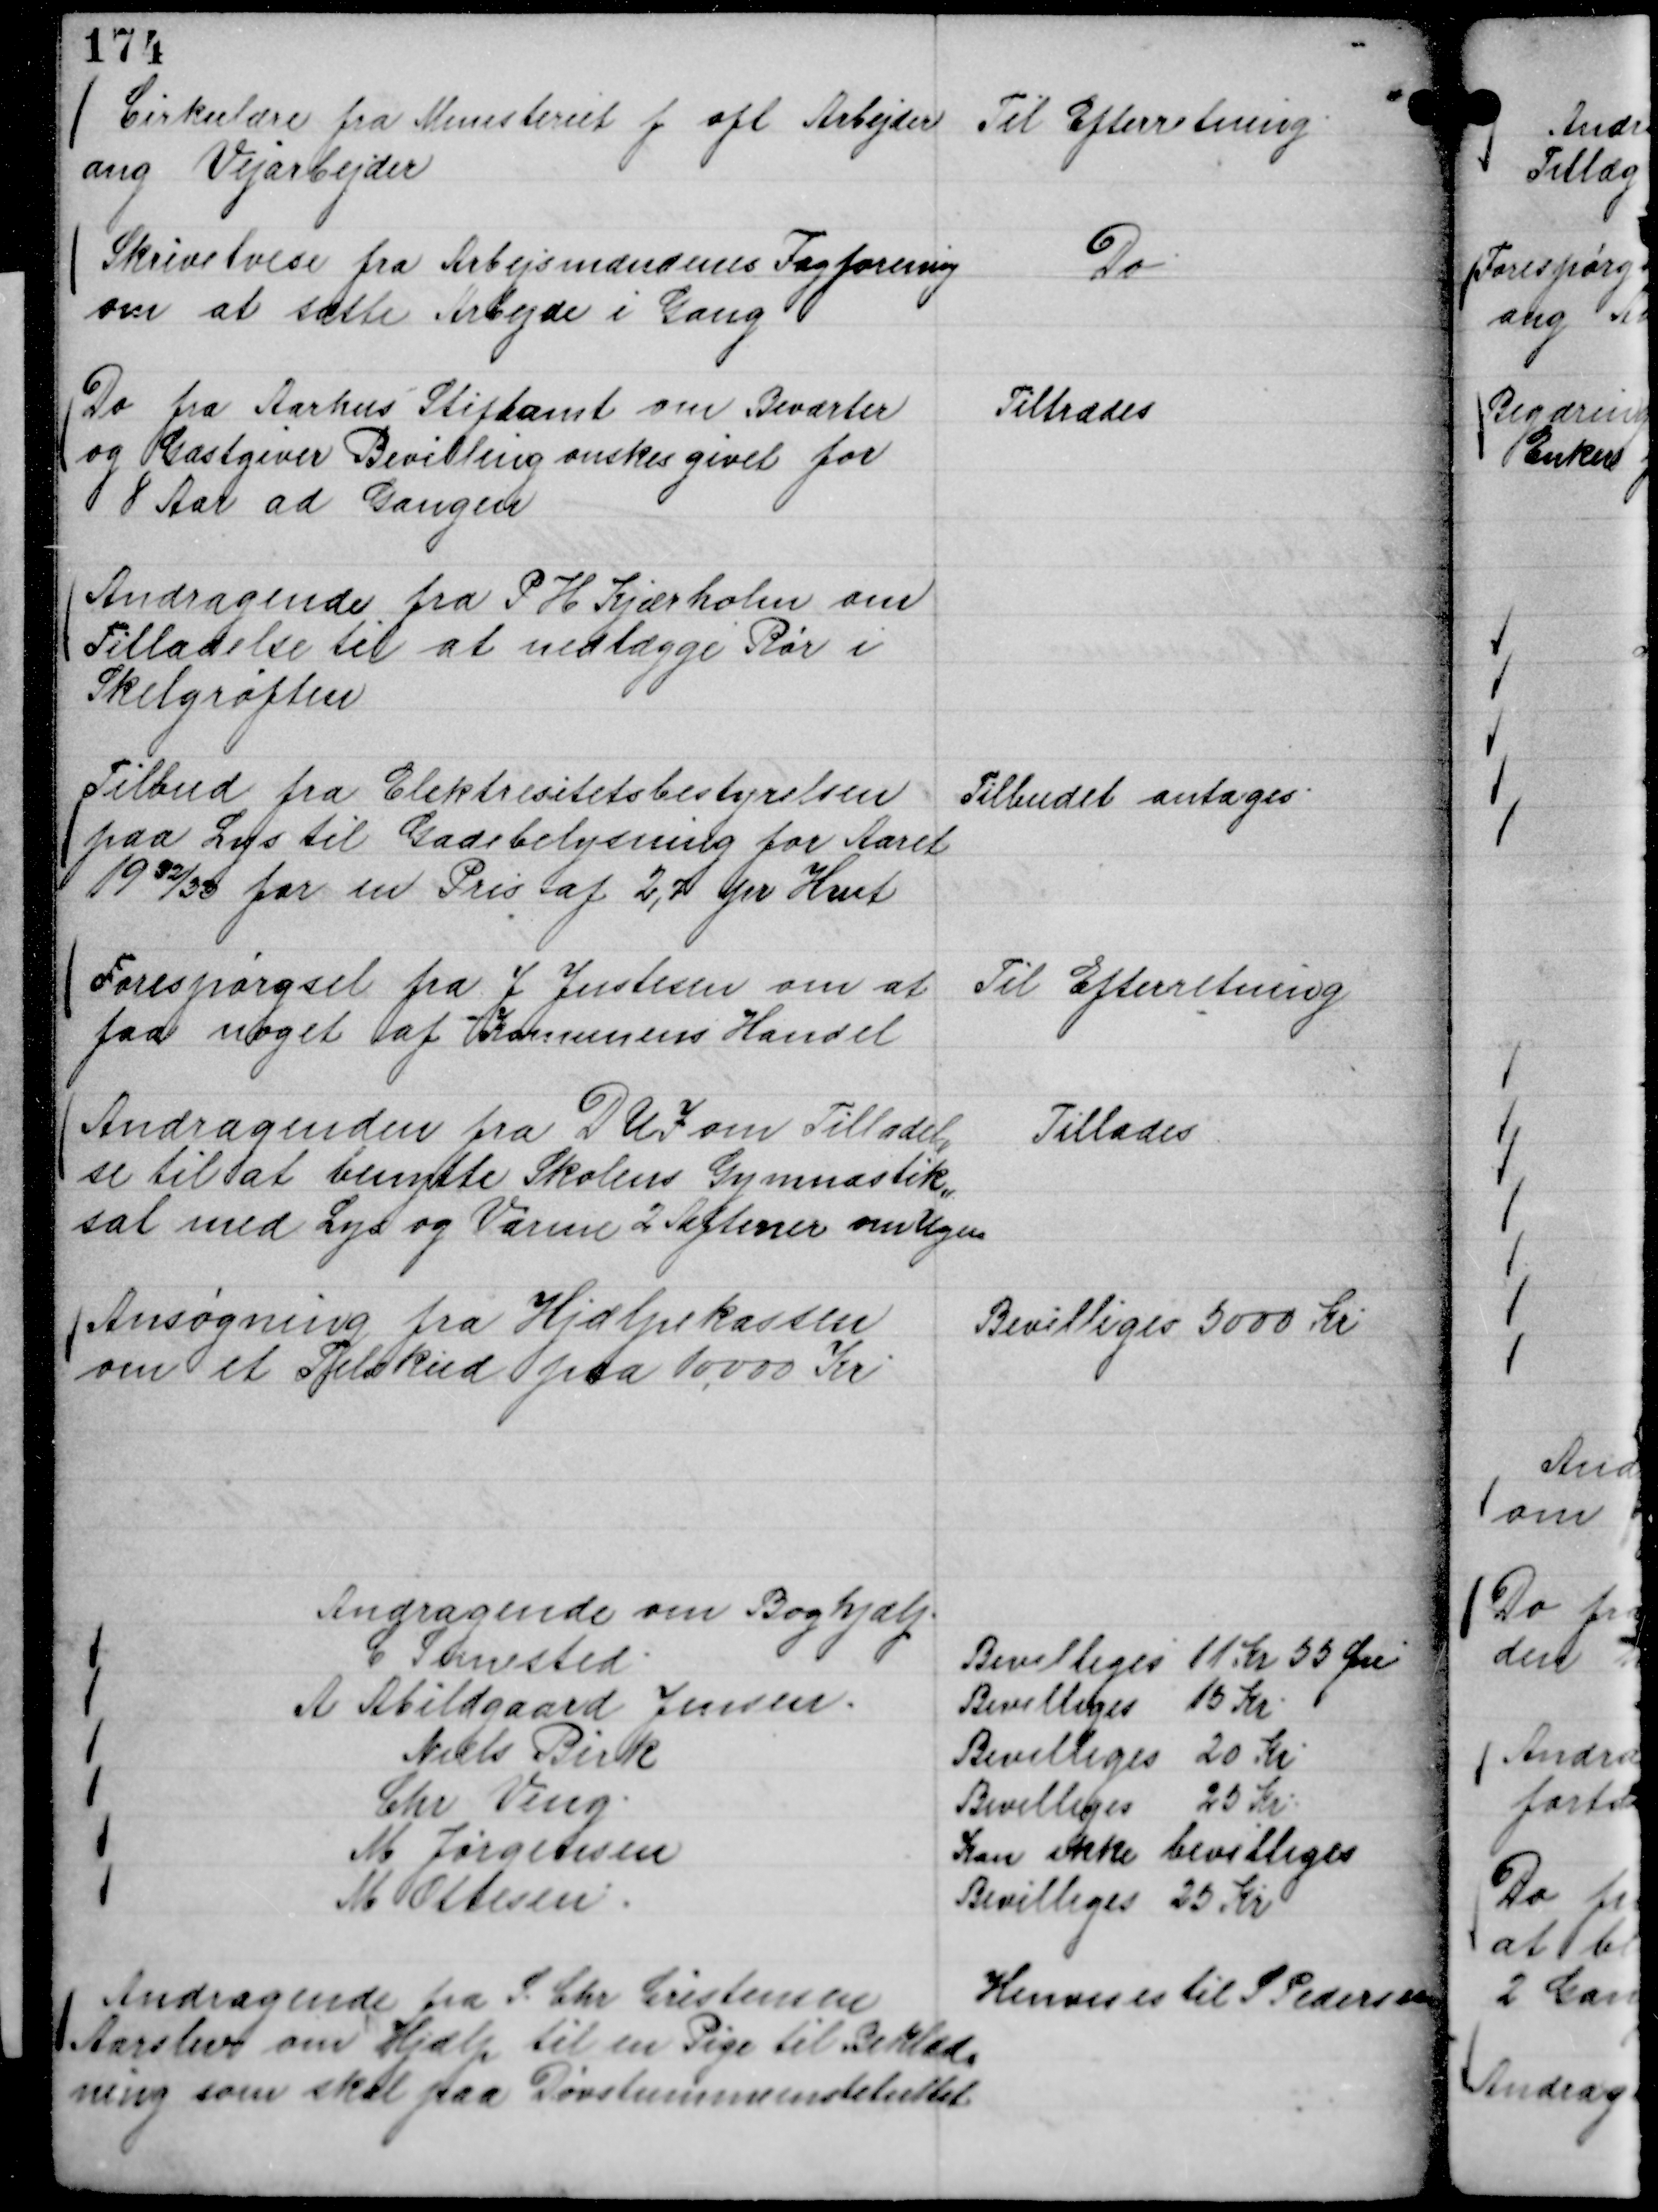
Transskription:
Cirkulære fra Ministeriet f ofl Arbejder
ang Vejarbejder

Til Efterretning.

Skrivelvese fra Arbejsmændenes Fagforening
om at sætte Arbejde i Gang

Do.

Do fra Aarhus Stiftamt om Beværter
og Gæstgiver Bevilling ønskes givet for
8 Aar ad Gangen

Tiltrædes

Andragende fra P H Kjærholm om
Tilladelse til at nedlægge Rør i
Skelgrøften

Tilbudet antages.

Tilbud fra Elektrisitetsbestyrelsen
paa Lys til Gadebelysning for Aaret
19 32/33 for en Pris af 2,7 pr Hwt

Forespørgsel fra J Justesen om at
faa noget af Komunens Handel

Til Efterretning

Andragende fra D U I om Tilladel,,
se til at benytte Skolens Gymnastik,,
sal med Lys og Varme 2 Aftener om Ugen

Tillades

Ansøgning fra Hjælpekassen
om et Tilskud paa 10.000 Kr

Bevilliges 5000 Kr

Andragende om Boghjælp.
C Simested
Bevilliges 11 Kr 55 Øre
A Abildgaard Jensen.
Bevilliges 15 Kr.
Niels Birk
Bevilliges 20 Kr
Chr Veng.
Bevilliges 25 Kr.
M Jørgensen
Kan ikke bevilliges
M Ottesen.
Bevilliges 25 Kr

Andragende fra S. Chr Christensen
Aarslev om Hjælp til en Pige til Beklæd,,
ning som skal paa Døvstummeinstituttet

Henvises til S Pedersen